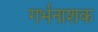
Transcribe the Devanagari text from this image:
गर्भनाशक